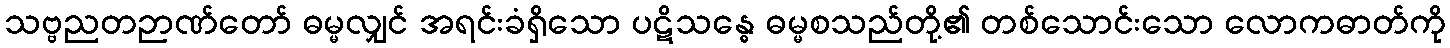
သဗ္ဗညတဉာဏ်တော် ဓမ္မလျှင် အရင်းခံရှိသော ပဋိသန္ဓေ ဓမ္မစသည်တို့၏ တစ်သောင်းသော လောကဓာတ်ကို